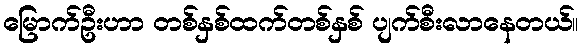
မြောက်ဦးဟာ တစ်နှစ်ထက်တစ်နှစ် ပျက်စီးလာနေတယ်။